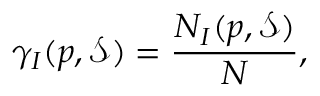
\gamma _ { I } ( p , { \mathcal { S } } ) = \frac { N _ { I } ( p , { \mathcal { S } } ) } { N } ,